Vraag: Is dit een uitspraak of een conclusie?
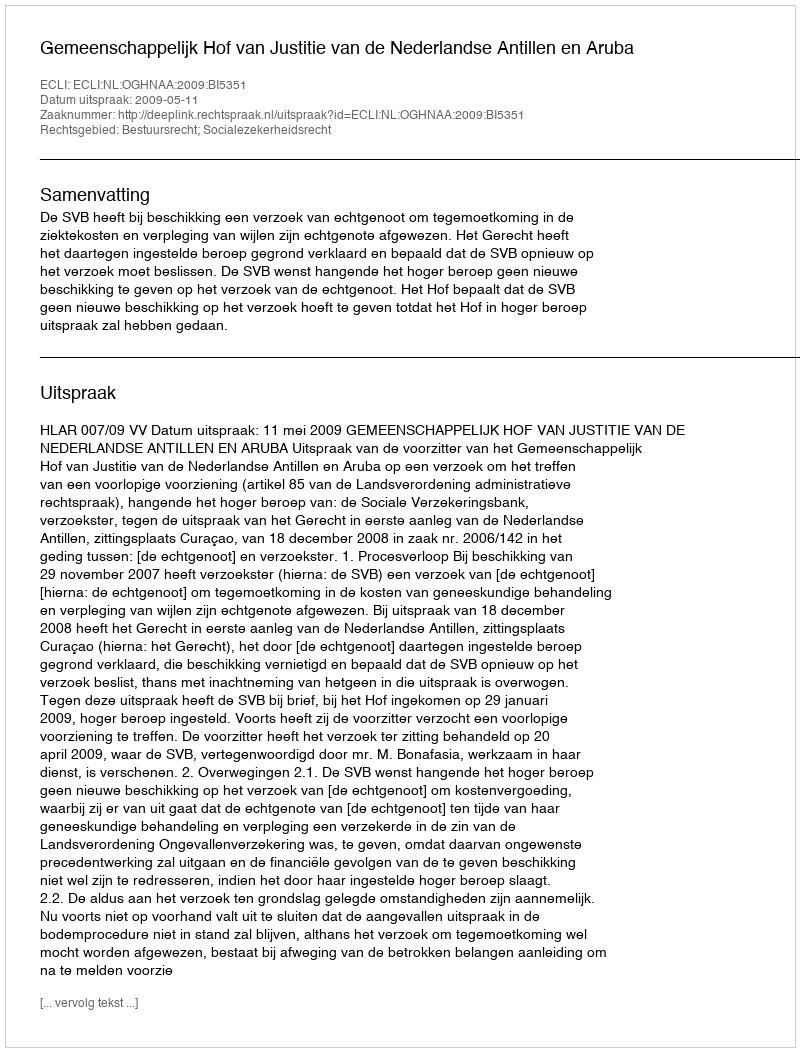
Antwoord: Uitspraak